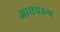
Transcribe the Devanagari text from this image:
आद्यप्ररूप